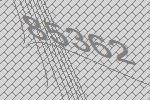
85362